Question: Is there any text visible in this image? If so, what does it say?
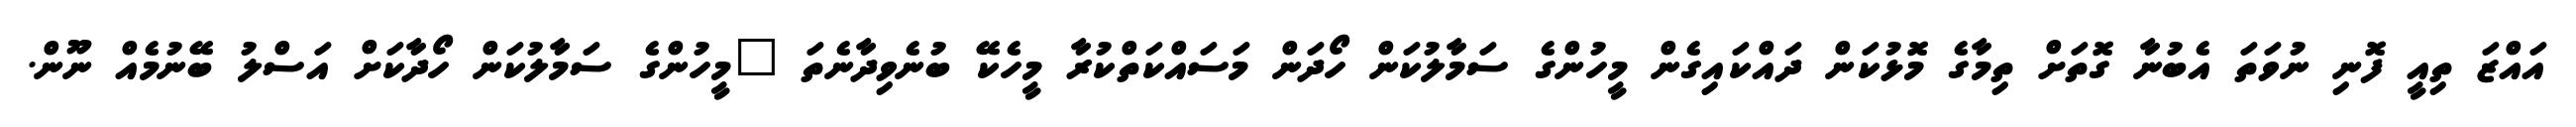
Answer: އައްޒަ ތިއީ ފޮނި ނުވަތަ އެބުނާ ގޮތަށް ތިމާގެ މޮޅުކަން ދައްކައިގެން މީހުންގެ ސަމާލުކަން ހޯދަން މަސައްކަތްކުރާ މީހެކޭ ބުނެވިދާނެތަ "މީހުންގެ ސަމާލުކަން ހޯދާކަށް އަސްލު ބޭނުމެއް ނޫން.